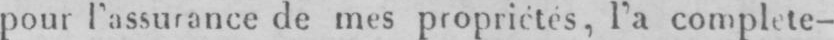
pour l’assurance de mes propriétés, l’a complete-